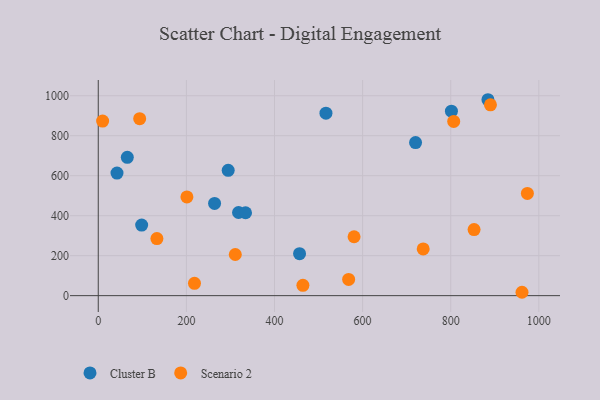
{"axis": {"x": "Price", "y": "Yield"}, "legend": ["Cluster B", "Scenario 2"], "data": [{"x": "294.9", "y": 626.9, "type": "Cluster B"}, {"x": "65.9", "y": 691.9, "type": "Cluster B"}, {"x": "456.9", "y": 210.1, "type": "Cluster B"}, {"x": "98.5", "y": 352.8, "type": "Cluster B"}, {"x": "264.0", "y": 461.1, "type": "Cluster B"}, {"x": "318.4", "y": 416.0, "type": "Cluster B"}, {"x": "334.3", "y": 414.7, "type": "Cluster B"}, {"x": "801.6", "y": 922.9, "type": "Cluster B"}, {"x": "884.5", "y": 980.0, "type": "Cluster B"}, {"x": "720.2", "y": 765.7, "type": "Cluster B"}, {"x": "516.8", "y": 912.6, "type": "Cluster B"}, {"x": "42.5", "y": 613.2, "type": "Cluster B"}, {"x": "9.9", "y": 873.4, "type": "Scenario 2"}, {"x": "890.2", "y": 954.6, "type": "Scenario 2"}, {"x": "201.2", "y": 493.7, "type": "Scenario 2"}, {"x": "94.0", "y": 885.1, "type": "Scenario 2"}, {"x": "311.0", "y": 205.8, "type": "Scenario 2"}, {"x": "133.1", "y": 285.6, "type": "Scenario 2"}, {"x": "464.5", "y": 51.6, "type": "Scenario 2"}, {"x": "580.6", "y": 294.7, "type": "Scenario 2"}, {"x": "853.0", "y": 330.5, "type": "Scenario 2"}, {"x": "737.5", "y": 233.7, "type": "Scenario 2"}, {"x": "961.8", "y": 16.9, "type": "Scenario 2"}, {"x": "974.0", "y": 511.1, "type": "Scenario 2"}, {"x": "806.8", "y": 871.4, "type": "Scenario 2"}, {"x": "218.4", "y": 61.6, "type": "Scenario 2"}, {"x": "568.3", "y": 81.0, "type": "Scenario 2"}]}